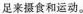
足来摄食和运动。